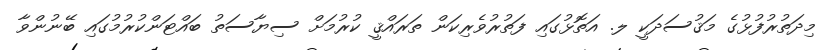
މިދަތުރުފުޅުގެ މަޤުސަދަކީ ލ. އަތޮޅުގައި ފަތުރުވެރިކަން ތަރައްޤީ ކުރުމަށް ސިޔާސަތު ބައްޓަންކުރުމުގައި ބޭނުންވާ